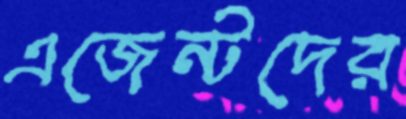
এজেন্টদের